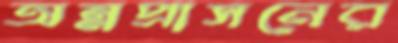
অন্নপ্রাসনের